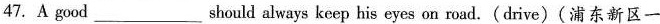
47.A good___should always keep his eyes on road.(drive)(浦东新区一